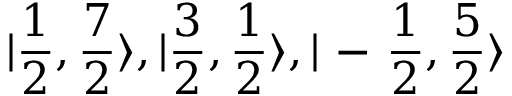
| \frac { 1 } { 2 } , \frac { 7 } { 2 } \rangle , | \frac { 3 } { 2 } , \frac { 1 } { 2 } \rangle , | \mathrm { ~ - ~ } \frac { 1 } { 2 } , \frac { 5 } { 2 } \rangle